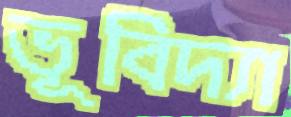
ভূবিদ্যা